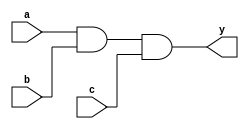
module three_input_and_gate (
    input wire a,
    input wire b,
    input wire c,
    output reg y
);

always @(*) begin
    y = a & b & c;
end

endmodule